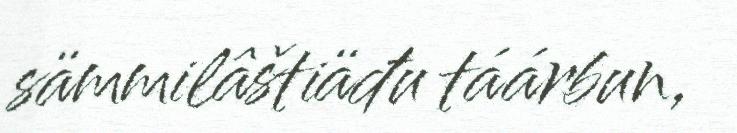
sämmilâštiäđu táárbun,